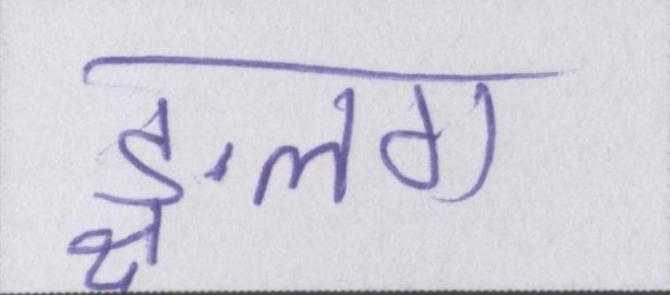
ङ्क्षलग